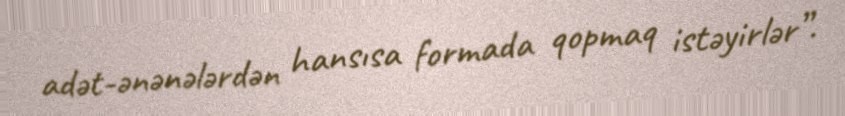
adət-ənənələrdən hansısa formada qopmaq istəyirlər”.